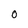
Character: o